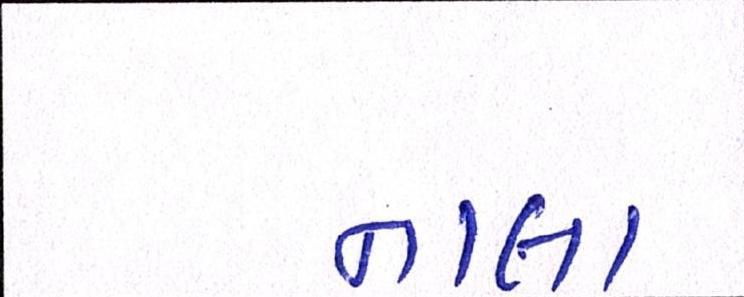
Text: નાલા